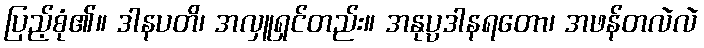
ပြည့်စုံ၏။ ဒါနပတိ၊ အလှူရှင်တည်း။ အနုပ္ပဒါနရတော၊ အဖန်တလဲလဲ